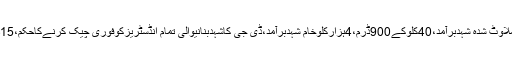
پنجاب فوڈاتھارٹی:شہد میں بڑےپیمانےپرملاوٹ بےنقاب،معروف ہربل فیکٹری سیل 30ٹن ملاوٹ شدہ شہدبرآمد،40کلوکے900ڈرم،4ہزارکلوخام شہدبرآمد،ڈی جی کاشہدبنانیوالی تمام انڈسٹریزکوفوری چیک کرنےکاحکم،15دن کےاندرشہدپیک کرنیوالی تمام انڈسٹریزکوچیک کرکےعوام کورپورٹ سےمطلع کیاجائے۔